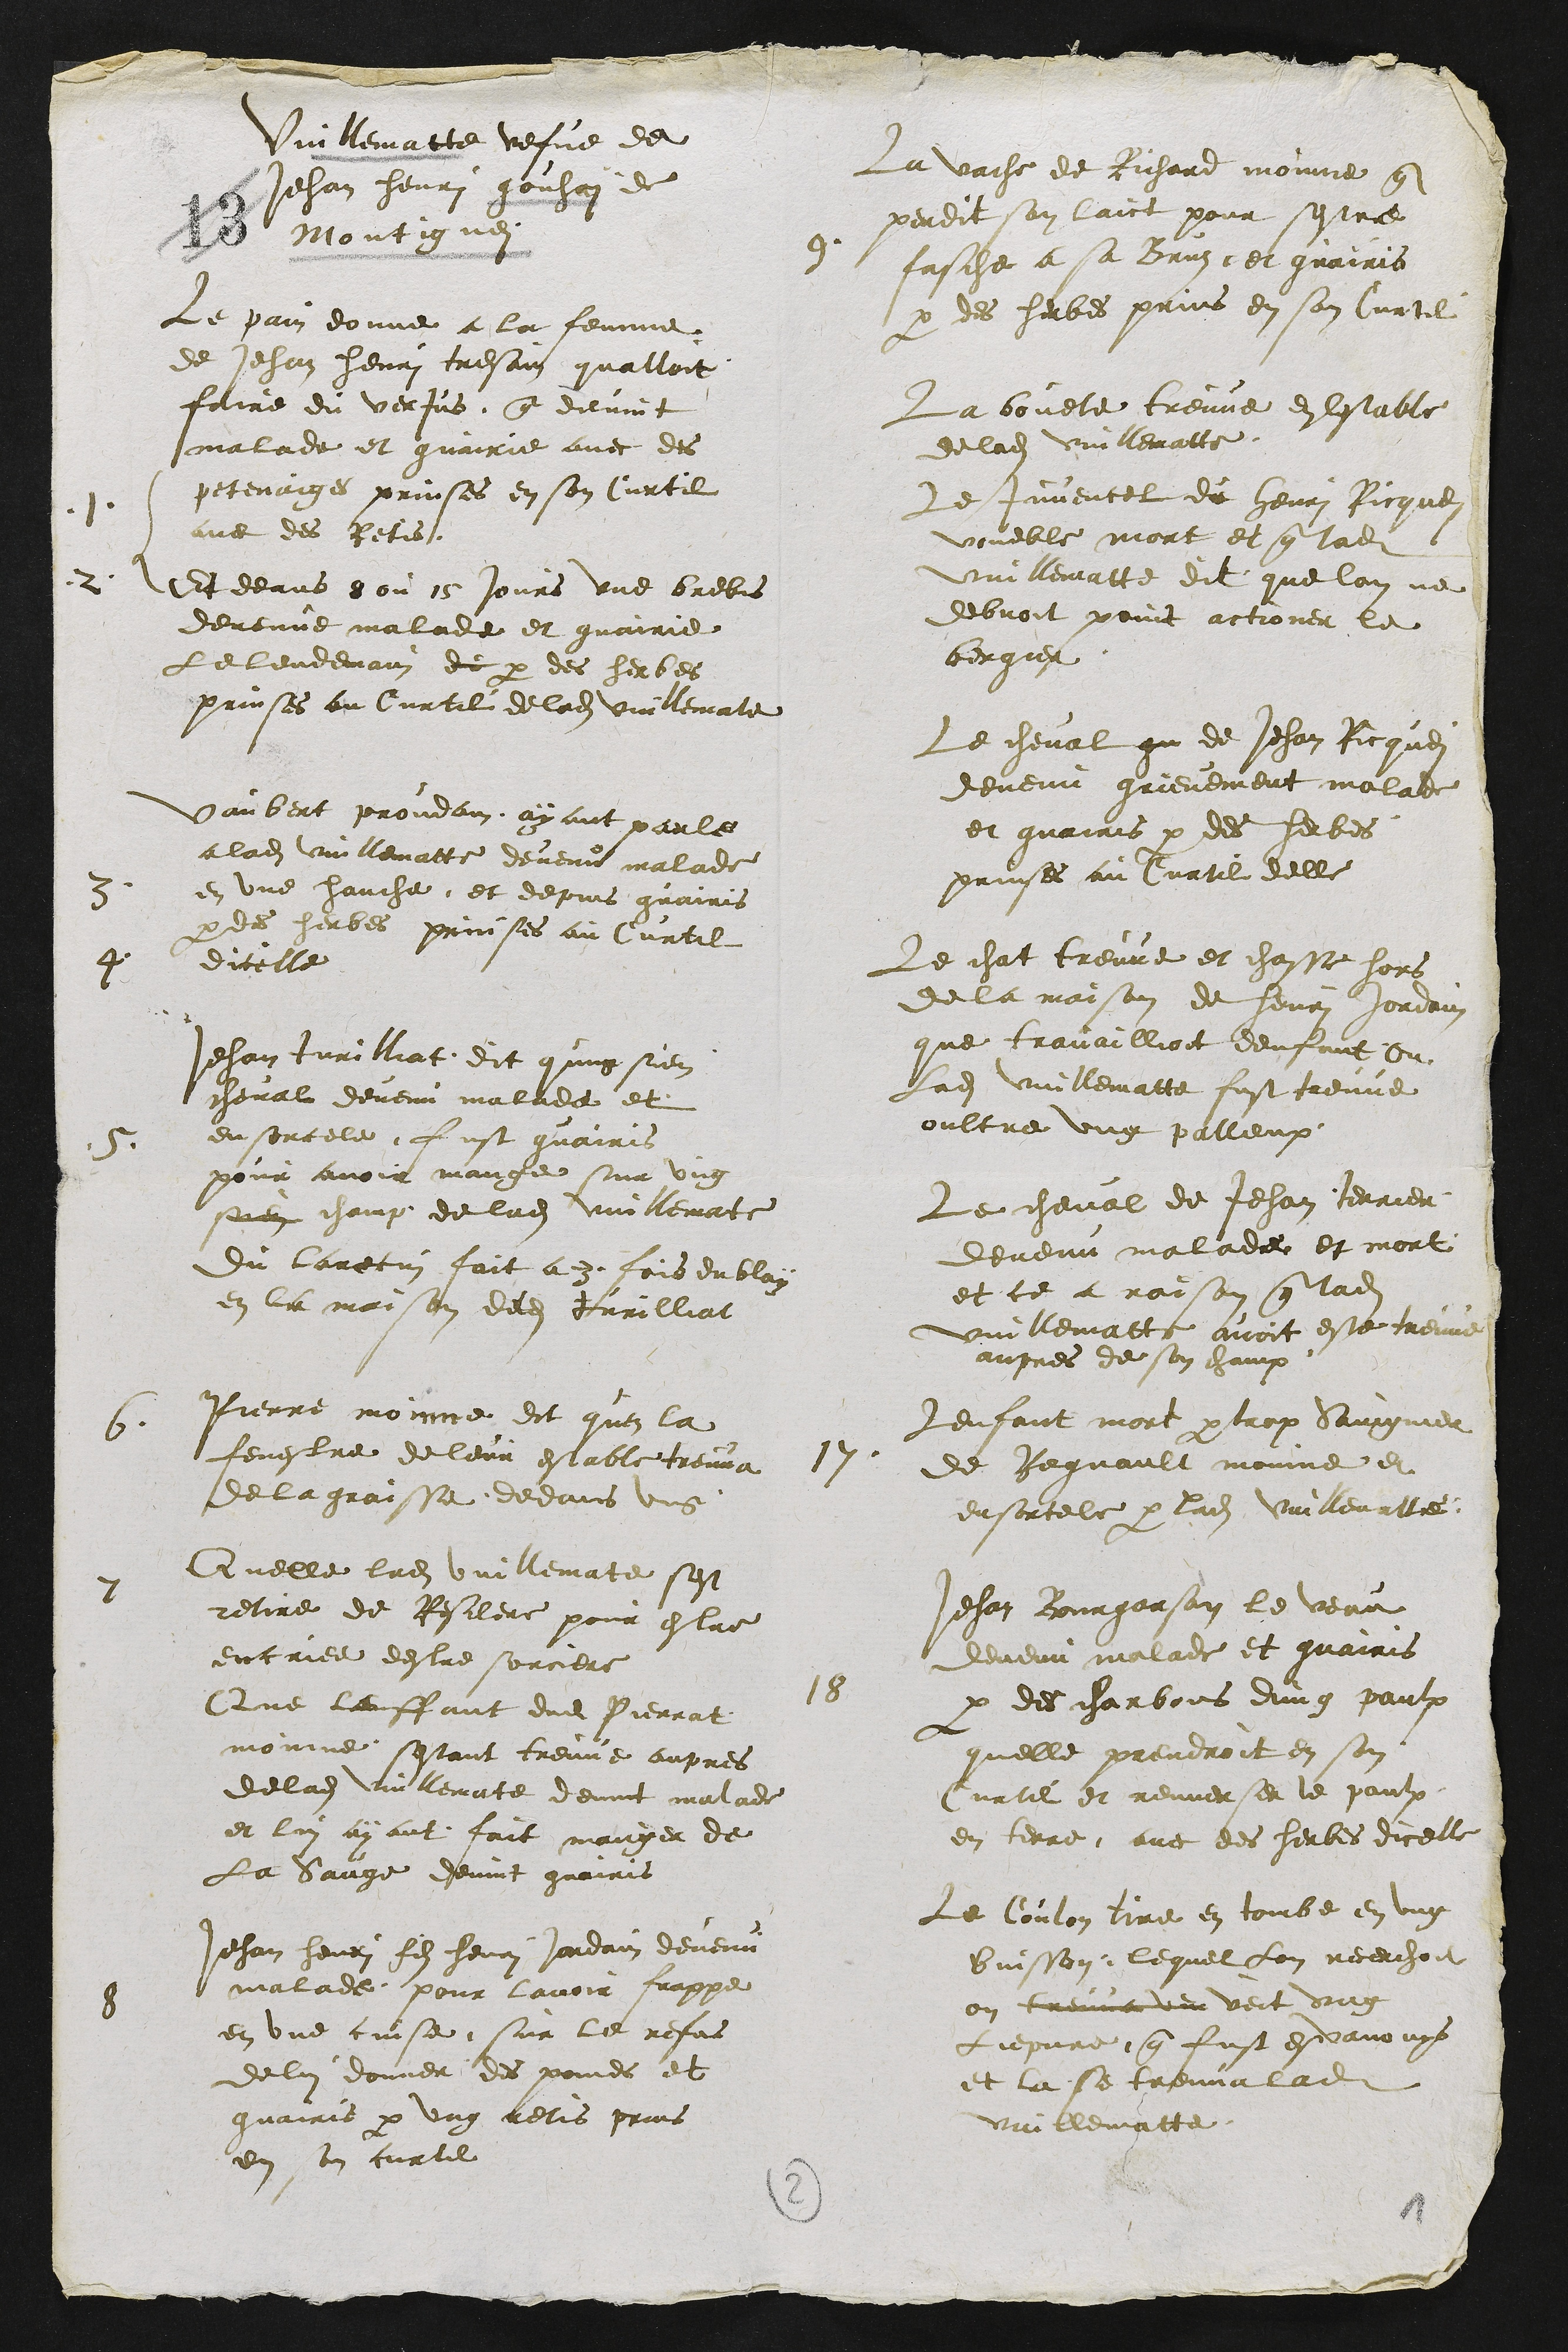
Vuillematte vefve de
Jehan henri gaion de
Montigne
Le pain donne a la femme
de Jehan henri tresain qualloit
faire du vertus que dit vint
malade et guairie avec des
1
petenaiges prinses en son Curtil
avec des Retis
2
Et deans ou 10 jours une brebis
devenne malade et guairie
Le lendemain de par des herbes
prinses au Curtil de ladite villematte
3
Sabert prondain ayant poule
a ladite Vuillematte devenu malade
en une hanche et depuis guairis
4
par des herbes prinses au Curtil
dicelle
5
Jehan turillat dit qung sien
heval devenu malade et
ensorcele fust guairis
pour avoir mange sur ung
son chaup de ladite Vuillemate
du larecun fait a d fois dublay
en la maison dedit furillat
6
Pierre monne dit que la
fenestre de leur estable treuva
de la graisse dedans ung
7
Quelle ladite Vuillematte sest
retire de Resllere pour estre
encriee destre sorciere
Que lenffant dudit Pierrat
monne sestant treuve aupres
de ladite villematte devint malade
et lui ayant fait manger de
La vange devint guairis
8
Jehan henri fils henri Jordain devenu
malade pour lavoir frappe
en une cuisse sur le refus
de lui donner des poines et
guairis par ung retis prins
en son curtil
9
La vache de Richard monne que
perdit son laict pour sestre
faschee a sa Brus et guairis
par des herbes prins en son Curtil
La bouete treuve en estable
de ladite villematte
Le juvencel du henri aicque
voueble mort et que lade
Vuillematte dit que lon ne
debvoit point actioner le
bergier
Le cheval que de Jehan aicque
devenu grienement malade
et guairis par des herbes
prinses au Curtil delle
Le chat treuve et chasse hors
de la maison de henri Jordain
que travaillioit denfant ou
ladite Vuillematte fust treuve
oultre ung palleux
Le cheval de Jehan perrier
devenu malade et mort
et ce a raison que ladite
Vuillematte avoit estee treuve
aupres de son chaux
17
Lenfant mort par trop Sangnier
de Regnault maine et
ensorcele par ladite Vuillematte
18
Jehan Bourgarson le veau
devenu malade et guairis
par des charbons ung paulx
quelle prendroit en son
Curtil et renverser le paulx
en terre avec des herbes dicelle
Le Coulon tire en tombe en ung
Suisson, lequel lon recechoit
on tremme veit ung
Lepure que fust este avoux
et la se treuva lade
vaillematte